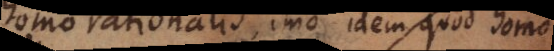
homo rationalis, imo idem quod homo